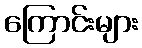
ကြောင်းများ